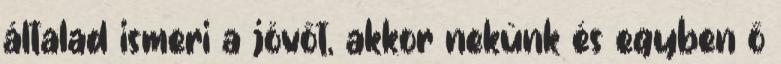
általad ismeri a jövőt, akkor nekünk és egyben ő